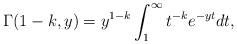
LaTeX: \begin{align*}\Gamma(1-k,y) = y^{1-k}\int_1^\infty t^{-k} e^{-yt} dt,\end{align*}